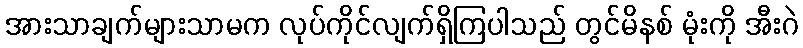
အားသာချက်များသာမက လုပ်ကိုင်လျက်ရှိကြပါသည် တွင်မိနစ် မုံးကို အီးဂဲ